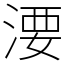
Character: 㴗